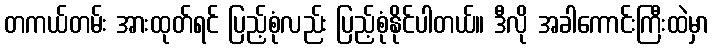
တကယ်တမ်း အားထုတ်ရင် ပြည့်စုံလည်း ပြည့်စုံနိုင်ပါတယ်။ ဒီလို အခါကောင်းကြီးထဲမှာ